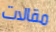
مقالات